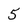
Character: 5